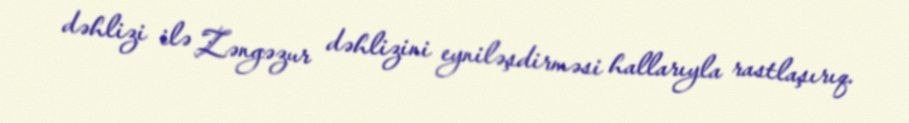
dəhlizi ilə Zəngəzur dəhlizini eyniləşdirməsi hallarıyla rastlaşırıq.